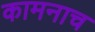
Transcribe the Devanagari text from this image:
कामनाच